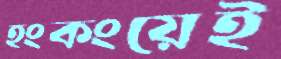
হংকংয়েই